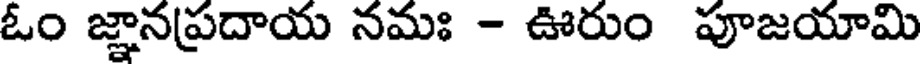
ఓం జ్ఞానప్రదాయ నమః - ఊరుం పూజయామి